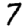
Digit: 7